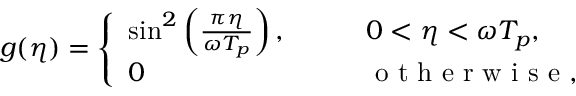
g ( \eta ) = \left\{ \begin{array} { l l } { \sin ^ { 2 } \left( \frac { \pi \eta } { \omega T _ { p } } \right) , \qquad } & { 0 < \eta < \omega T _ { p } , } \\ { 0 } & { \mathrm { ~ o ~ t ~ h ~ e ~ r ~ w ~ i ~ s ~ e ~ , ~ } } \end{array} \right.